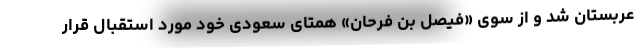
عربستان شد و از سوی «فیصل بن فرحان» همتای سعودی خود مورد استقبال قرار